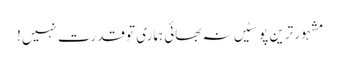
مشہور ترین پوسٹیں	نہ بھائی ہماری تو قدرت نہیں!